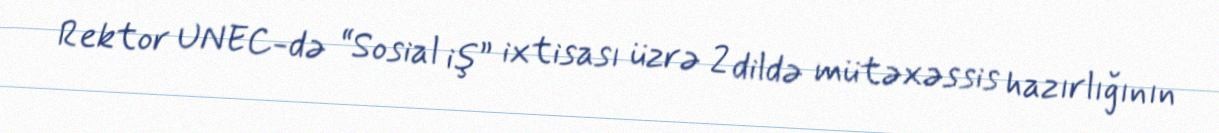
Rektor UNEC-də “Sosial iş” ixtisası üzrə 2 dildə mütəxəssis hazırlığının